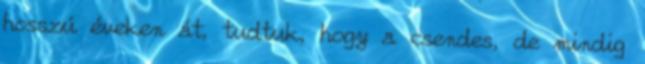
hosszú éveken át, tudtuk, hogy a csendes, de mindig